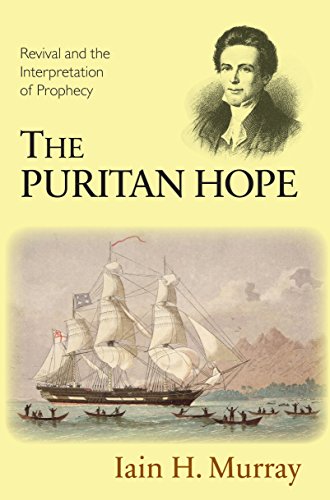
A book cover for The Puritan Hope; Iain H. Murray; Christian Books & Bibles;